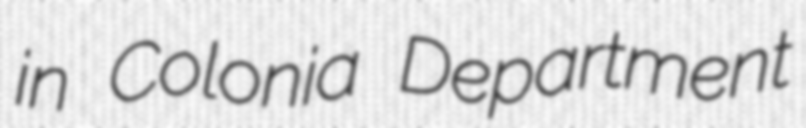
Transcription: in Colonia Department